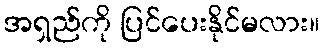
အရှည်ကို ပြင်ပေးနိုင်မလား။